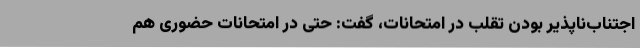
اجتناب‌ناپذیر بودن تقلب در امتحانات، گفت: حتی در امتحانات حضوری هم